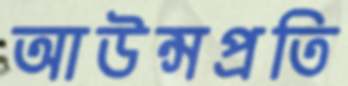
আউন্সপ্রতি